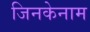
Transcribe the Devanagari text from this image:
जिनकेनाम